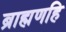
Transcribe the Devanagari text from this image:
ब्राह्मणहि